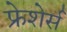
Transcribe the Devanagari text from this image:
फ्रेशेर्स